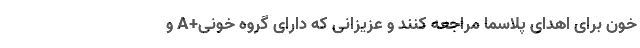
خون برای اهدای پلاسما مراجعه کنند و عزیزانی که دارای گروه خونی+A و